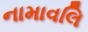
નામાવલિ